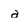
Character: a